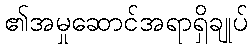
၏အမှုဆောင်အရာရှိချုပ်